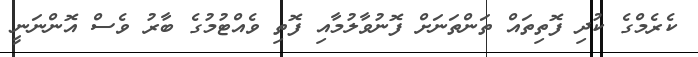
ކެރެމްގެ ކުދި ފޮތިތައް ތަންތަނަށް ފޮނުވާލުމާއި ފޮތި ވެއްޓުމުގެ ބާރު ވެސް އޮންނަނީ